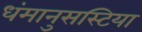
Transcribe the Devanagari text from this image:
धंमानुसस्टिया